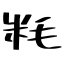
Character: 粍